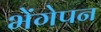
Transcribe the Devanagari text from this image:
भेंगेपन